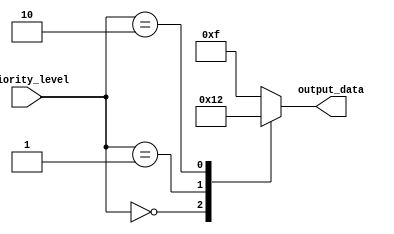
module priority_case(
    input [2:0] priority_level,
    output reg [3:0] output_data
);

always @*
begin
    case(priority_level)
        3'b000: output_data = 4'b0000; // Highest priority level
        3'b001: output_data = 4'b0001; // Second priority level
        3'b010: output_data = 4'b0010; // Third priority level
        default: output_data = 4'b1111; // Default output if no conditions are met
    endcase
end

endmodule